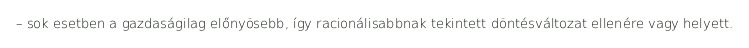
– sok esetben a gazdaságilag előnyösebb, így racionálisabbnak tekintett döntésváltozat ellenére vagy helyett.